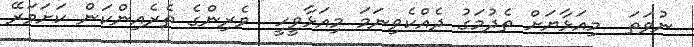
ނުވަތަ  މިއަޅާޔަށް ތެދުމަގު ދެއްކެވިނަމަ މިއަޅާވީހީ  ވެރިންގެ ތެރެއިންކަން ކަށަވަރޭ